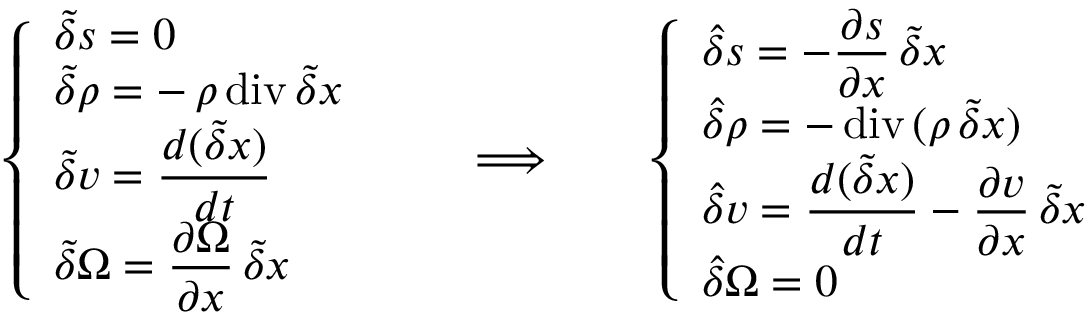
\left\{ \begin{array} { l } { \displaystyle \tilde { \delta } s = 0 } \\ { \displaystyle \tilde { \delta } \rho = - \, \rho \, \mathrm { d i v } \, \tilde { \delta } \boldsymbol { x } } \\ { \displaystyle \tilde { \delta } { \boldsymbol v } = \frac { d ( \tilde { \delta } \boldsymbol { x } ) } { d t } } \\ { \displaystyle \tilde { \delta } \Omega = \frac { \partial \Omega } { \partial \boldsymbol { x } } \, \tilde { \delta } \boldsymbol { x } } \end{array} \right. \qquad \Longrightarrow \qquad \left\{ \begin{array} { l } { \displaystyle \hat { \delta } s = - \frac { \partial s } { \partial \boldsymbol { x } } \, \tilde { \delta } \boldsymbol { x } } \\ { \displaystyle \hat { \delta } \rho = - \, \mathrm { d i v } \, ( \rho \, \tilde { \delta } \boldsymbol { x } ) } \\ { \displaystyle \hat { \delta } { \boldsymbol v } = \frac { d ( \tilde { \delta } \boldsymbol { x } ) } { d t } - \frac { \partial { \boldsymbol v } } { \partial \boldsymbol { x } } \, \tilde { \delta } \boldsymbol { x } } \\ { \displaystyle \hat { \delta } \Omega = 0 } \end{array} \right.